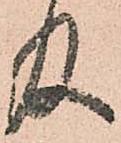
及